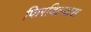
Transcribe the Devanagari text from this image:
फिरविल्यास